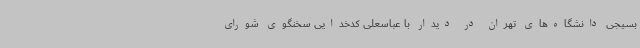
بسیجی دانشگاه‌های تهران در دیدار با عباسعلی کدخدایی سخنگوی شورای